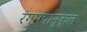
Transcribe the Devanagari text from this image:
रंगमंचानुकूल